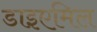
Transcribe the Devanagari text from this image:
डाइएमिल